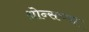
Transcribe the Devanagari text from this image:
थ्रोन्सच्या